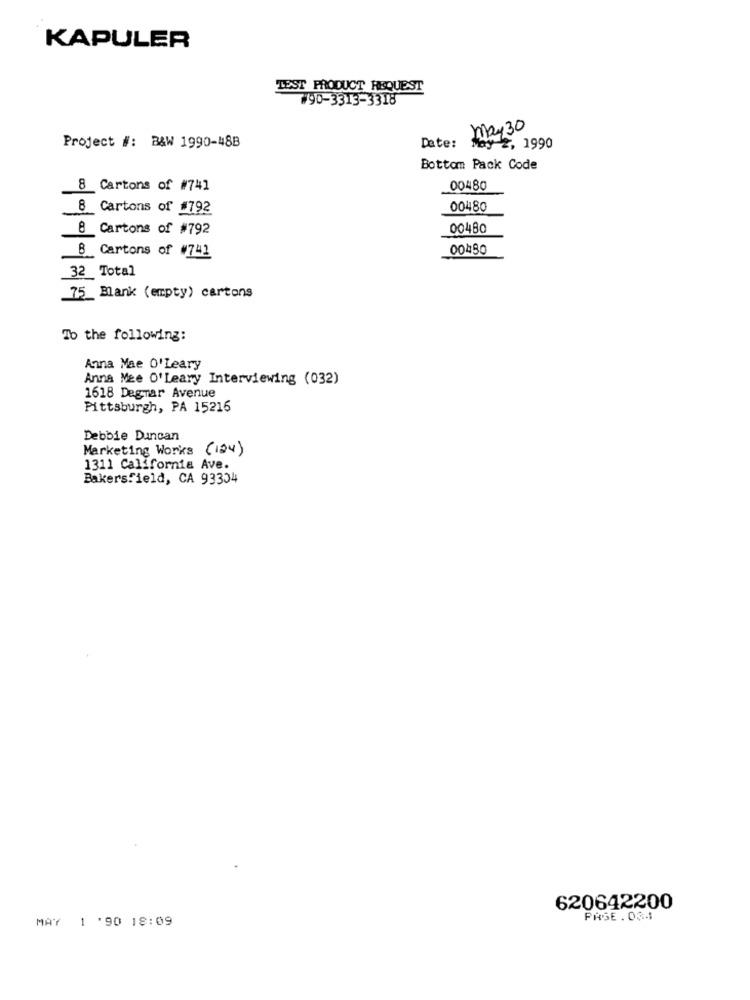
KAPULER
TEST PRODUCT REQUEST
#90-3313-3318
may 30
Date:
Project #: B&W 1990-48B
May 2, 1990
Bottom Pack Code
8 Cartons of #741
00480
8 Cartons of #792
00480
8 Cartons of #792
00480
B Cartons of #741
00450
32 Total
75_Blank (empty) cartons
Ib the following:
Anna Mae O'Leary
Anna Mee O'Leary Interviewing (032)
1618 Dagmar Avenue
Pittsburgh, PA 15216
Debbie Duncan
Marketing Works (124)
1311 California Ave.
Bakersfield, CA 93334
620642200
MAY 1 '90 18:09
PASE . 034